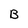
Character: B